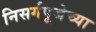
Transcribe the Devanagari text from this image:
निसर्गपूजेच्या